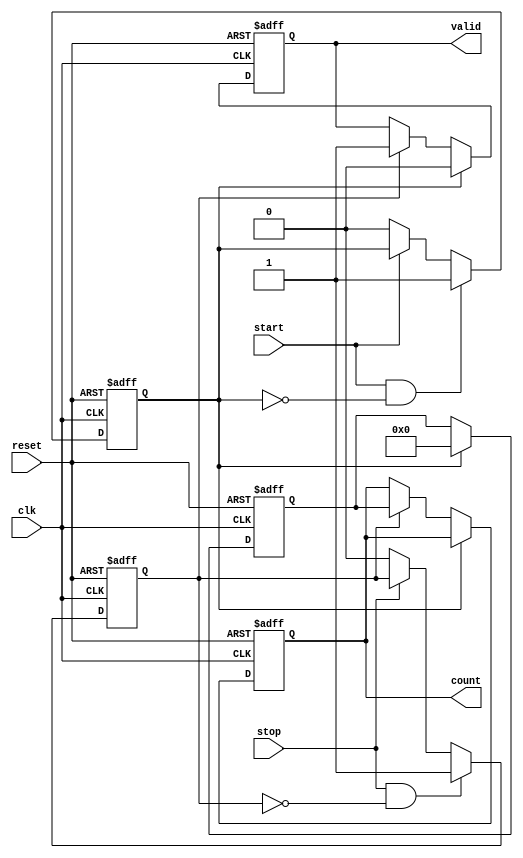
module TDC (
    input wire clk,            // High-frequency clock
    input wire reset,          // Reset signal
    input wire start,          // Start signal
    input wire stop,           // Stop signal
    output reg [N-1:0] count,  // Counter output (N bits)
    output reg valid           // Valid output signal
);

parameter N = 10;              // Number of bits for counter
parameter DELAY_STAGES = 8;   // Number of delay stages

// Delay line signals
reg [DELAY_STAGES-1:0] delay_line; // Delay line
reg start_detected;                 // Start edge detected
reg stop_detected;                  // Stop edge detected

// Counter
reg [N-1:0] counter;                // Counter to count clock cycles

// Memory block (for storing count values)
reg [N-1:0] memory [0:15];          // Example memory size of 16 entries
integer mem_index;                   // Memory index for storing values

// Edge detection
always @(posedge clk or posedge reset) begin
    if (reset) begin
        start_detected <= 0;
        stop_detected <= 0;
    end else begin
        // Detect rising edge of start
        if (start && !start_detected) begin
            start_detected <= 1;
        end else if (!start) begin
            start_detected <= 0;
        end
        
        // Detect rising edge of stop
        if (stop && !stop_detected) begin
            stop_detected <= 1;
        end else if (!stop) begin
            stop_detected <= 0;
        end
    end
end

// Delay line implementation (simple shift register)
always @(posedge clk or posedge reset) begin
    if (reset) begin
        delay_line <= 0;
    end else begin
        delay_line <= {delay_line[DELAY_STAGES-2:0], start_detected}; // Shift in the start signal
    end
end

// Counter and memory logic
always @(posedge clk or posedge reset) begin
    if (reset) begin
        counter <= 0;
        count <= 0;
        valid <= 0;
        mem_index <= 0;
    end else begin
        if (start_detected) begin
            counter <= 0; // Initialize counter on start
            valid <= 0;   // Reset valid flag
        end else if (stop_detected) begin
            count <= counter; // Store count value
            memory[mem_index] <= counter; // Store in memory
            mem_index <= (mem_index + 1) % 16; // Increment memory index
            valid <= 1; // Set valid flag
        end else if (start_detected) begin
            counter <= counter + 1; // Increment counter
        end
    end
end

endmodule